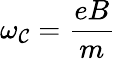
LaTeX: \omega_{\mathcal{C}}=\frac{{eB}}{{m}}